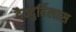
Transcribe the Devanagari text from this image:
दैवदुर्विलास